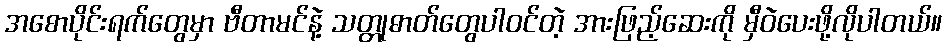
အစောပိုင်းရက်တွေမှာ ဗီတာမင်နဲ့ သတ္တုဓာတ်တွေပါဝင်တဲ့ အားဖြည့်ဆေးကို မှီဝဲပေးဖို့လိုပါတယ်။